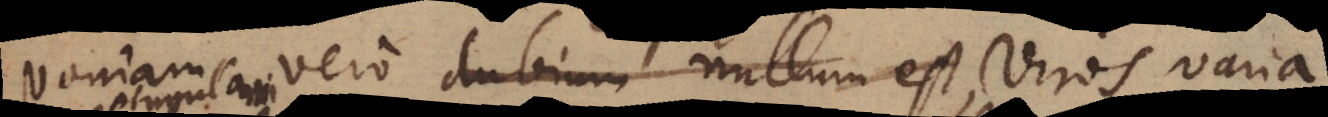
Quoniam vero dubium nullum est, viros varia